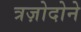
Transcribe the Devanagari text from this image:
त्रज़ोदोने